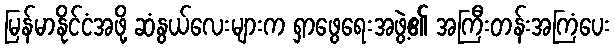
မြန်မာနိုင်ငံအဖို့ ဆံနွယ်လေးများက ရှာဖွေရေးအဖွဲ့၏ အကြီးတန်းအကြံပေး